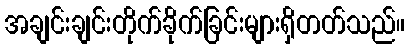
အချင်းချင်းတိုက်ခိုက်ခြင်းများရှိတတ်သည်။